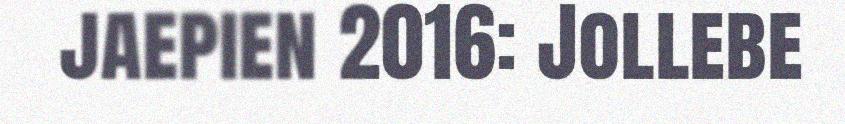
jaepien 2016: Jollebe